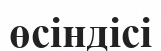
өсіндісі